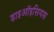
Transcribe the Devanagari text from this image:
डाइऑइसियस